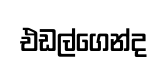
එඩල්ගෙන්ද